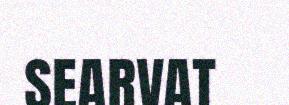
SEARVAT